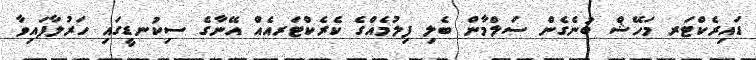
ޑައިރެކްޓަރ މަހޭޝް ބުނެގެން ސަލްމާން ބެލި ފިލުމެއްގެ ކެރެކްޓަރއެއް އޭނާގެ ސިކުނޑީގައި ހަރުލާފައިވާ